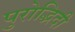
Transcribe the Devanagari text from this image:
पुरोद्भिदी